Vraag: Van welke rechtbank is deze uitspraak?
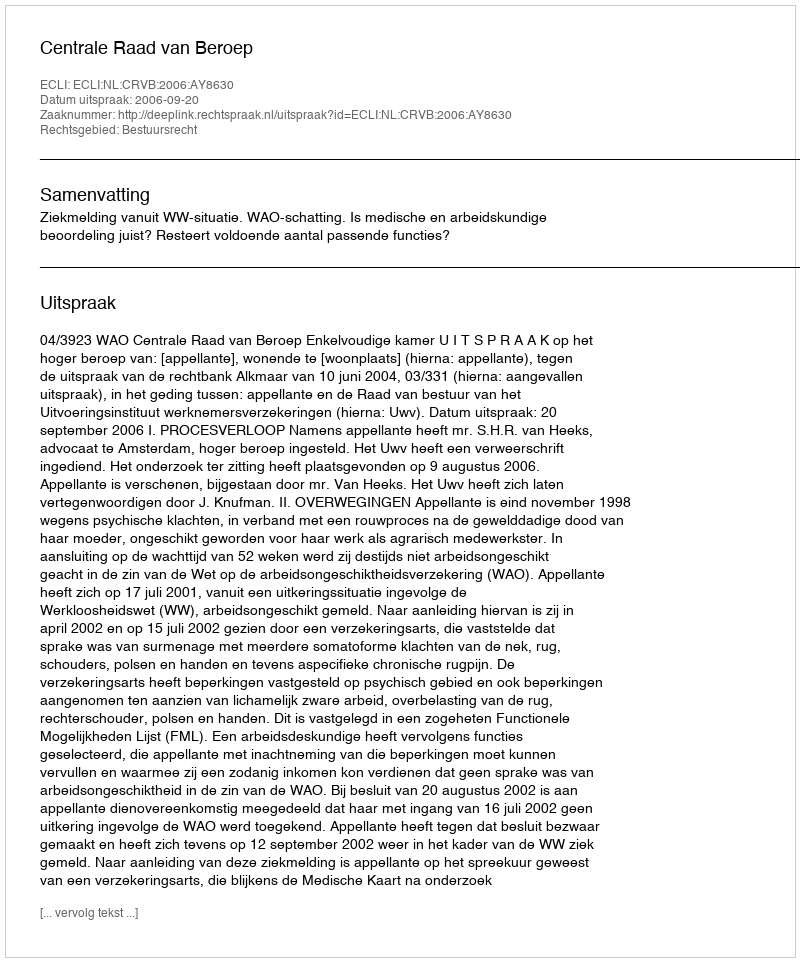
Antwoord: Centrale Raad van Beroep